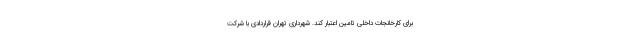
برای کارخانجات داخلی تامین اعتبار کند. شهرداری تهران قراردادی با شرکت